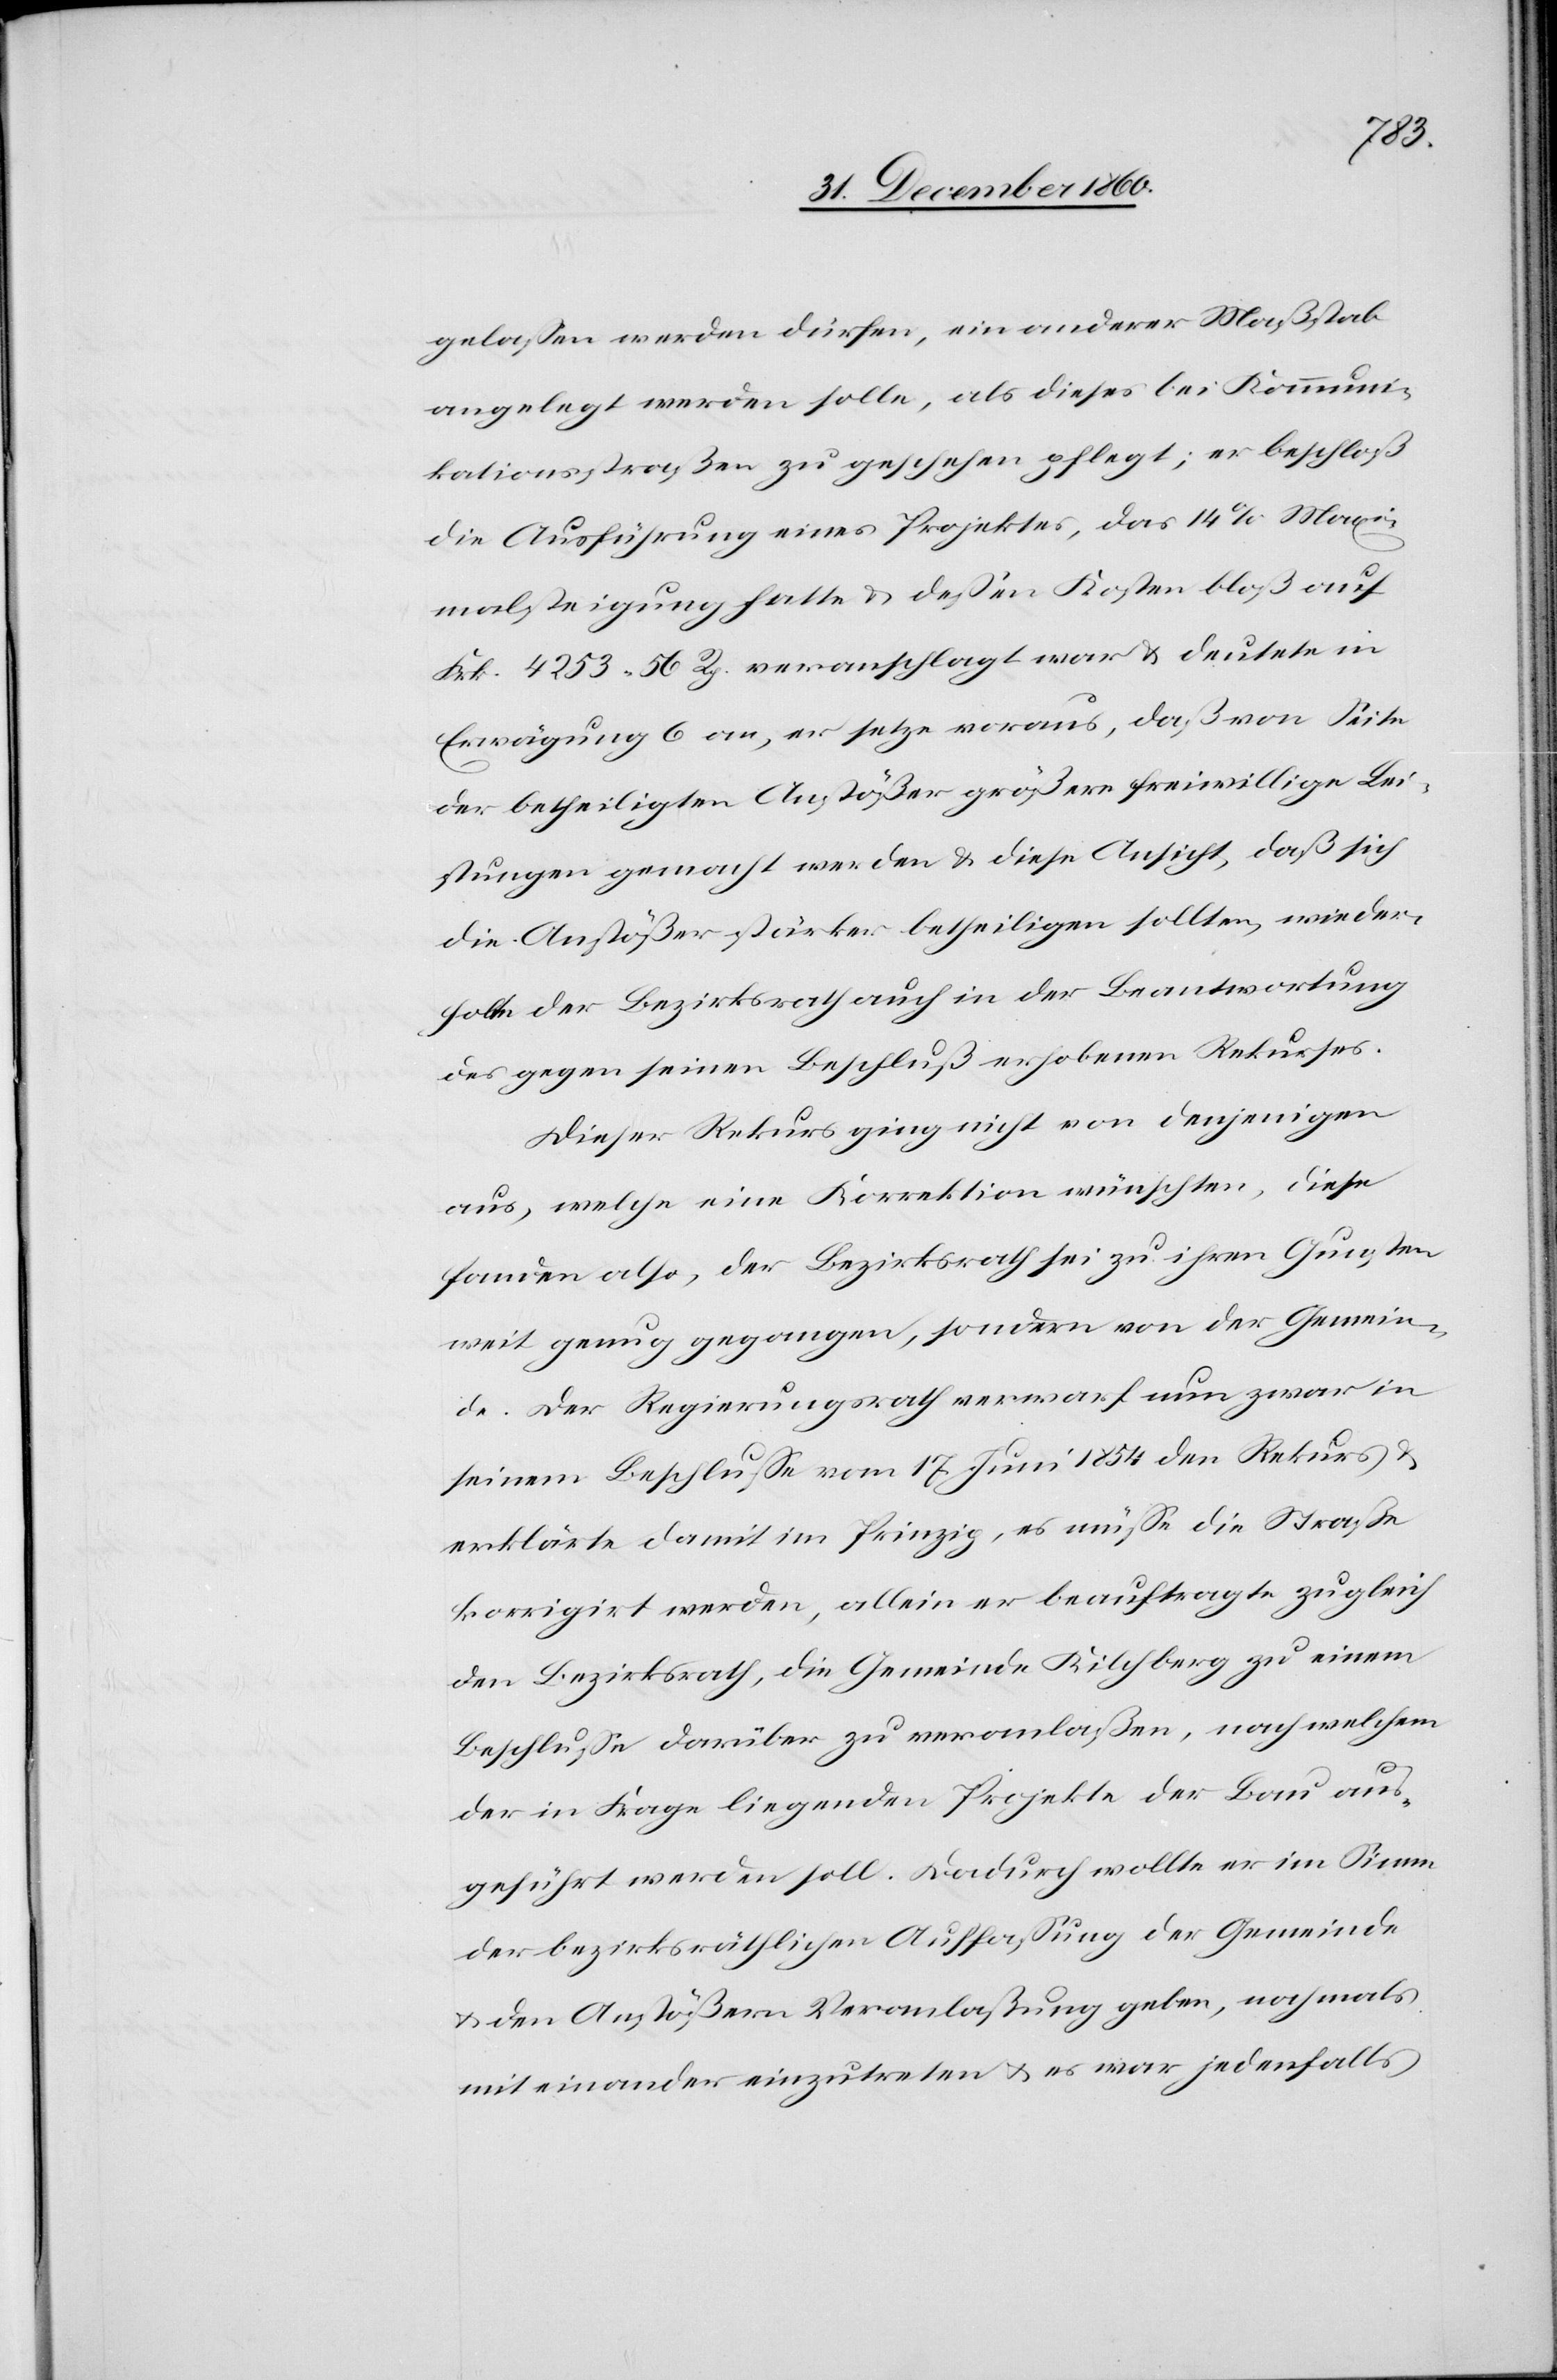
gelassen werden dürfen, ein anderer Maßstab
angelegt werden solle, als dieses bei Kommuni¬
kationsstraßen zu geschehen pflegt; er beschloß
die Ausführung eines Projektes, das 14% Maxi¬
malsteigung hatte u. dessen Kosten bloß auf
Frk. 4253 56 Rp. veranschlagt war u. deutete in
Erwägung 6 an, er setze voraus, daß von Seite
der betheiligten Anstößer größere freiwillige Lei¬
stungen gemacht werden u. diese Ansicht, daß sich
die Anstößer stärker betheiligten sollten, wieder¬
holte der Bezirksrath auch in der Beantwortung
des gegen seinen Beschluß erhobenen Rekurses.
Dieser Rekurs ging nicht von denjenigen
aus, welche eine Korrektion wünschten, diese
fanden also, der Bezirksrath sei zu ihren Gunsten
weit genug gegangen, sondern von der Gemein¬
de. Der Regierungsrath verwarf nun zwar in
seinem Beschlusse vom 17. Juni 1854 den Rekurs u.
erklärte damit im Prinzip, es müsse die Straße
korrigirt werden, allein er beauftragte zugleich
den Bezirksrath, die Gemeinde Kilchberg zu einem
Beschlusse darüber zu veranlaßen, nach welchem
der in Frage liegenden Projekte der Bau aus¬
geführt werden soll. Dadurch wollte er im Sinne
der bezirksräthlichen Auffassung der Gemeinde
u. den Anstößern Veranlaßung geben, nochmals
mit einander einzutreten u. es war jedenfalls